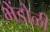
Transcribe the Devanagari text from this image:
भेंडोळी